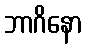
ဘာဂိနော